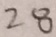
2 8